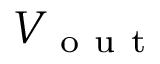
V _ { \mathrm { ~ o ~ u ~ t ~ } }